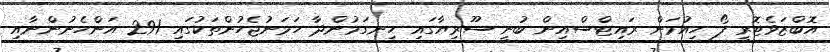
އޮބްޒަވެޓޮރީ ފޯ ހިއުމަން ރައިޓްސްއިން ބުނީ ސޫރިޔާގައި ހިނގަމުންދާ ހަމަނުޖެހުންތަކުގައި 291 އަންހެނުންނާއި